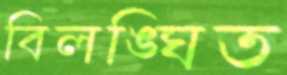
বিলঙ্ঘিত